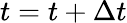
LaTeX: t=t+\Delta t